Report on the lunatic asylums under the Government of Bombay - 1904-1913
Year: 1904
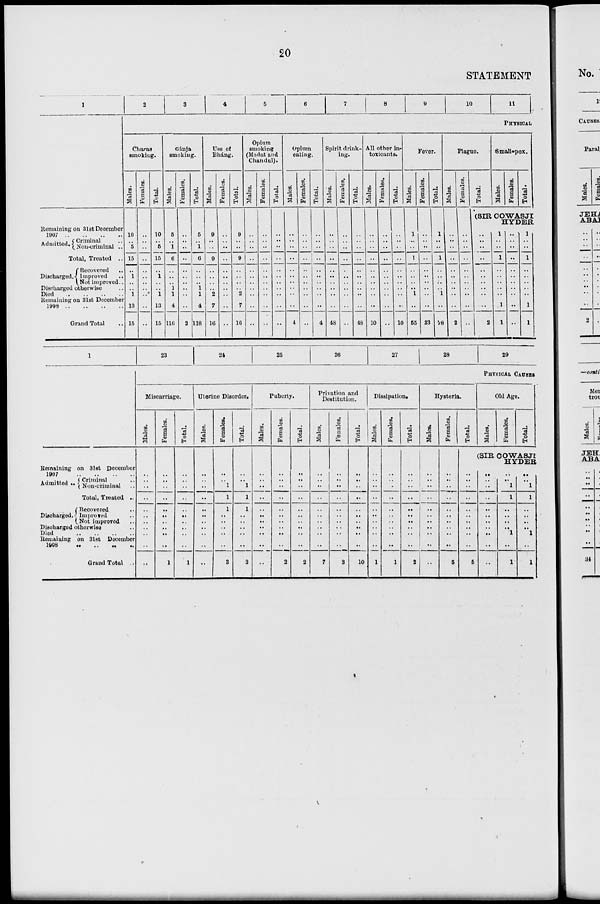
20
STATEMENT
1
Remaining on 31st December
1907 .. .. .. ..
Admitted. Criminal ..
Non-criminal ..
Total, Treated ..
Discharged.
Recovered ..
Improved ..
Not improved..
Discharged otherwise ..
Died .. .. .. ..
Remaining on 31st December
1908 .. .. .. ..
Grand Total ..
2
3
4
5
6
7
8
9
10
11
PHYSICAL
Charas
smoking.
Males.
10
..
5
15
..
1
..
..
1
13
15
Females.
..
..
..
..
..
..
..
..
..
..
..
Total.
10
..
5
15
..
1
..
..
1
13
15
Gánja
smoking.
Males.
5
..
1
6
..
..
..
1
1
4
116
Females.
..
..
..
..
..
..
..
..
..
..
2
Total.
5
..
1
6
..
..
..
1
1
4
118
Use of
Bháng.
Males.
9
..
..
9
..
..
..
..
2
7
16
Females.
..
..
..
..
..
..
..
..
..
..
..
Total.
9
..
..
9
..
..
..
..
2
7
16
Opium
smoking
(Madat and
Chandul).
Males.
..
..
..
..
..
..
..
..
..
..
..
Females.
..
..
..
..
..
..
..
..
..
..
..
Total.
..
..
..
..
..
..
..
..
..
..
..
Opium
eating.
Males.
..
..
..
..
..
..
..
..
..
..
4
Females.
..
..
..
..
..
..
..
..
..
..
..
Total.
..
..
..
..
..
..
..
..
..
..
4
Spirit drink-
ing.
Males.
..
..
..
..
..
..
..
..
..
..
48
Females.
..
..
..
..
..
..
..
..
..
..
..
Total.
..
..
..
..
..
..
..
..
..
..
48
All other in-
toxicants.
Males.
..
..
..
..
..
..
..
..
..
..
10
Females.
..
..
..
..
..
..
..
..
..
..
..
Total.
..
..
..
..
..
..
..
..
..
..
10
Fever.
Males.
1
..
..
1
..
..
..
..
1
..
55
Females.
..
..
..
..
..
..
..
..
..
..
23
Total.
1
..
..
1
..
..
..
..
1
..
78
Plague.
Males.
..
..
..
..
..
..
..
..
..
..
2
Females.
..
..
..
..
..
..
..
..
..
..
..
Total.
Small-pox.
Males.
Females.
Total.
(SIR COWASJI
HYDER
..
..
..
..
..
..
..
..
..
..
2
1
..
..
1
..
..
..
..
..
1
1
..
..
..
..
..
..
..
..
..
..
..
1
..
..
1
..
..
..
..
..
1
1
1
Remaining on 31st December
1907 .. .. .. ..
Admitted .. Criminal ..
Non-criminal ..
Total, Treated ..
Discharged.
Recovered ..
Improved ..
Not improved ..
Discharged otherwise ..
Died .. .. .. ..
Remaining on 31st December
1908 .. .. .. ..
Grand Total ..
23
24
25
26
27
28
29
PHYSICAL CAUSES
Miscarriage.
Males.
..
..
..
..
..
..
..
..
..
..
..
Females.
..
..
..
..
..
..
..
..
..
..
1
Total.
..
..
..
..
..
..
..
..
..
..
1
Uterine Disorder.
Males.
..
..
..
..
..
..
..
..
..
..
..
Females.
..
..
1
1
1
..
..
..
..
..
3
Total.
..
..
1
1
1
..
..
..
..
..
3
Puberty.
Males.
..
..
..
..
..
..
..
..
..
..
..
Females.
..
..
..
..
..
..
..
..
..
..
2
Total.
..
..
..
..
..
..
..
..
..
..
2
Privation and
Destitution.
Males.
..
..
..
..
..
..
..
..
..
..
7
Females.
..
..
..
..
..
..
..
..
..
..
3
Total.
..
..
..
..
..
..
..
..
..
..
10
Dissipation.
Males.
..
..
..
..
..
..
..
..
..
..
1
Females.
..
..
..
..
..
..
..
..
..
..
1
Total.
..
..
..
..
..
..
..
..
..
..
2
Hysteria.
Males.
..
..
..
..
..
..
..
..
..
..
..
Females.
..
..
..
..
..
..
..
..
..
..
5
Total.
..
..
..
..
..
..
..
..
..
..
5
Old Age.
Males.
Females.
Total.
(SIR COWASJI
HYDER
..
..
..
..
..
..
..
..
..
..
..
..
..
1
1
..
..
..
..
1
..
1
..
..
1
1
..
..
..
..
1
..
1